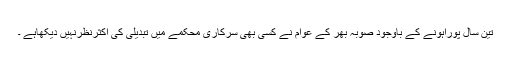
تین سال پوراہونے کے باوجود صوبہ بھر کے عوام نے کسی بھی سرکاری محکمے میں تبدیلی کی اکثرنظرنہیں دیکھاہے ۔